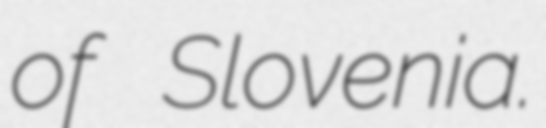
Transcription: of Slovenia.